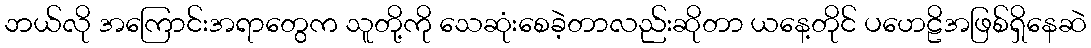
ဘယ်လို အကြောင်းအရာတွေက သူတို့ကို သေဆုံးစေခဲ့တာလည်းဆိုတာ ယနေ့တိုင် ပဟေဠိအဖြစ်ရှိနေဆဲ